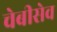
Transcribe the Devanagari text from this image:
चेबीसेव